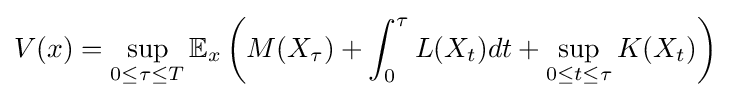
V(x)=\sup _{0\leq \tau \leq T}\mathbb {E} _{x}\left(M(X_{\tau })+\int _{0}^{\tau }L(X_{t})dt+\sup _{0\leq t\leq \tau }K(X_{t})\right)